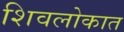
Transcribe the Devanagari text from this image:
शिवलोकात